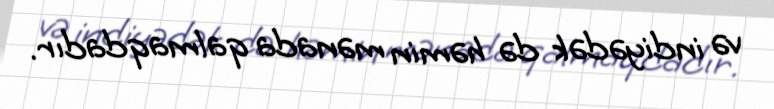
və indiyədək də həmin mənada qalmaqdadır.